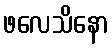
ဖလေသိနော